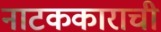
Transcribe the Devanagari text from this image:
नाटककाराची